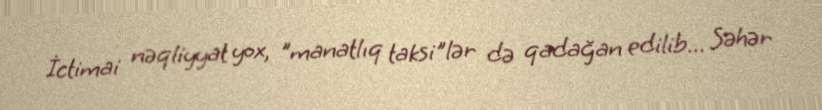
İctimai nəqliyyat yox, "manatlıq taksi"lər də qadağan edilib... Səhər